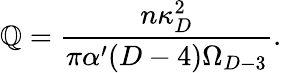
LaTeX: \mathbb{Q}={\frac{{n\kappa_{D}^{2}}}{{\pi\alpha^{\prime}(D-4)\Omega_{D-3}}}}.